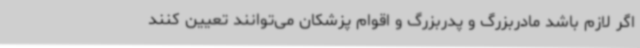
اگر لازم باشد مادربزرگ و پدربزرگ و اقوام پزشکان می‌توانند تعیین کنند